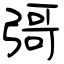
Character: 彁